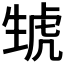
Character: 𤯮